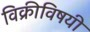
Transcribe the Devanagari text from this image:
विक्रीविषयी